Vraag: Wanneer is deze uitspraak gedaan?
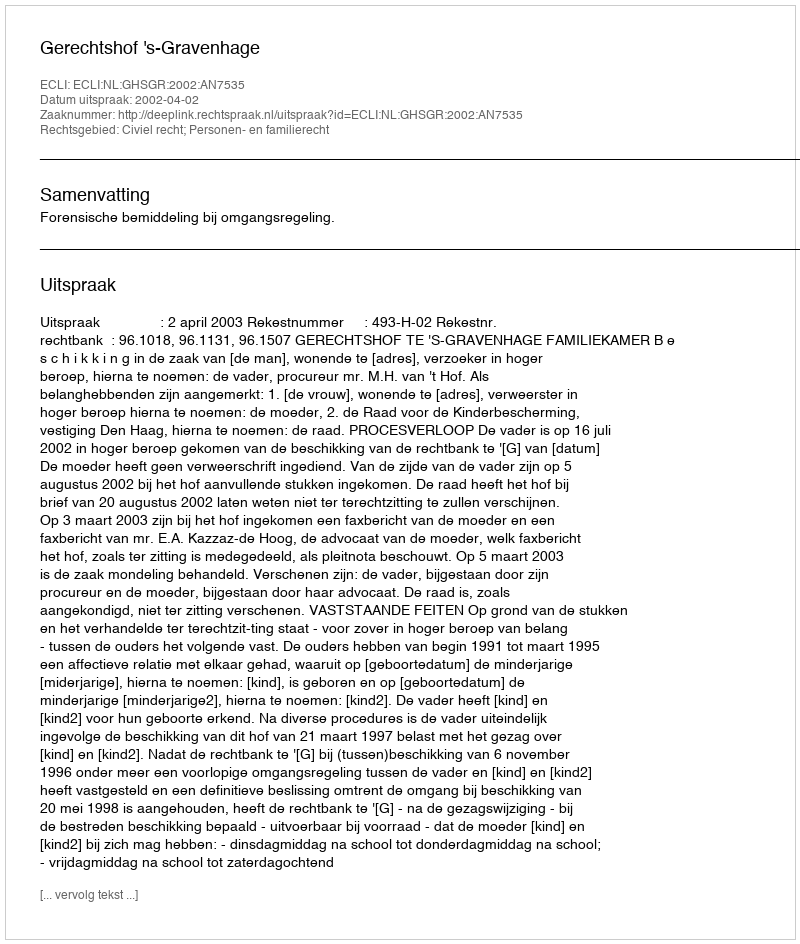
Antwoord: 2002-04-02